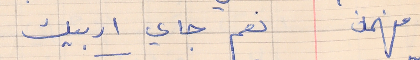
فهمان      نعم جاي اربيك